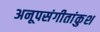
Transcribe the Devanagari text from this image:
अनूपसंगीतांकुश